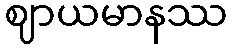
ဈာယမာနဿ